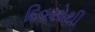
દિવસોથી